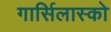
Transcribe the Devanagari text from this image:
गार्सिलास्को